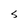
Character: S